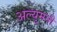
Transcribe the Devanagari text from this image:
अल्युमनी